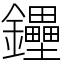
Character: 鑸